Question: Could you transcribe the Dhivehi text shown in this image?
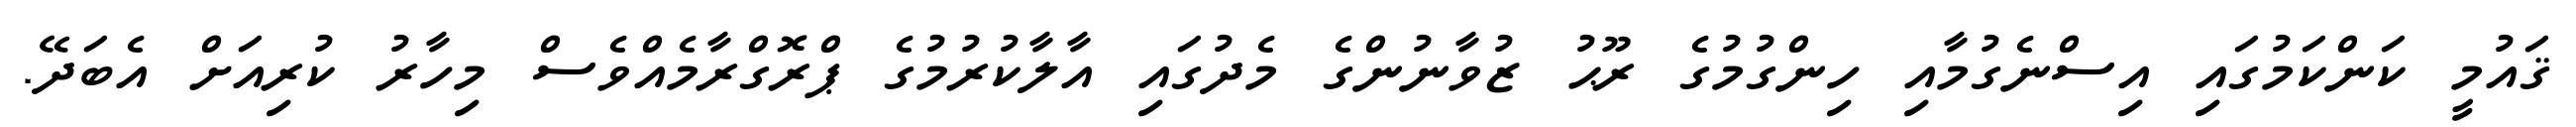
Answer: ޤައުމީ ކަންކަމުގައި އިސްނެގުމާއި ހިންގުމުގެ ރޫޙު ޒުވާނުންގެ މެދުގައި އާލާކުރުމުގެ ޕްރޮގްރާމެއްވެސް މިހާރު ކުރިއަށް އެބަދޭ.